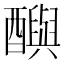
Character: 𨣦